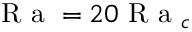
\textrm { R a } = 2 0 \textrm { R a } _ { c }